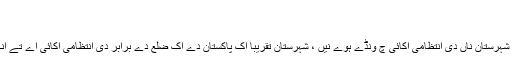
شہرستان رودبار جنوب - وکیپیڈیا
شہرستان رودبار جنوب
ایشیاء دے دیس ایران دے صوبے ہور اگے شہرستان ناں دی انتظامی اکائی چ ونڈے ہوے نیں ، شہرستان تقریبا اک پاکستان دے اک ضلع دے برابر دی انتظامی اکائی اے تے انگلستان دی اس دے برابر اکائی کاؤنٹی اے ۔